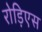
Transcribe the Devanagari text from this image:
रोड़िएस